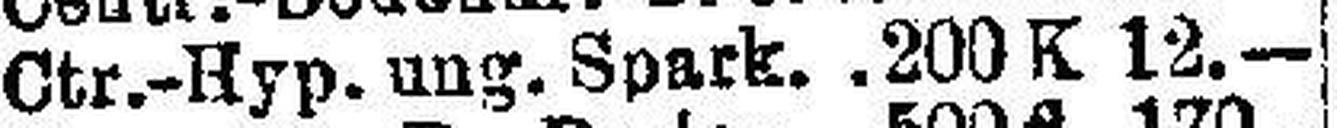
Ctr.-Hyp. ung. Spark. 200K 12.—